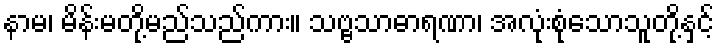
နာမ၊ မိန်းမတို့မည်သည်ကား။ သဗ္ဗသာဓာရဏာ၊ အလုံးစုံသောသူတို့နှင့်